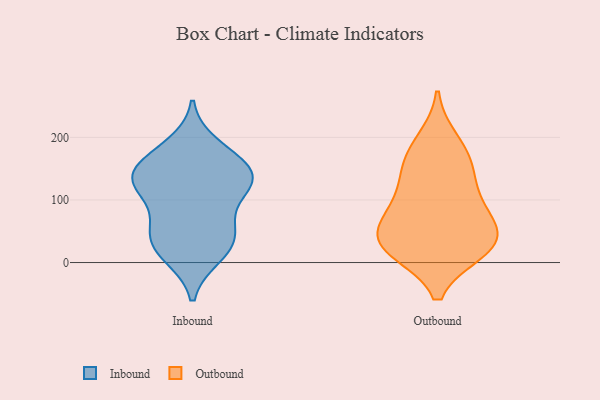
{"axis": {"x": "Operating Costs (USD K)", "y": "Value"}, "legend": ["Inbound", "Outbound"], "data": [{"x": "", "y": 187, "type": "Inbound"}, {"x": "", "y": 166, "type": "Inbound"}, {"x": "", "y": 132, "type": "Inbound"}, {"x": "", "y": 64, "type": "Inbound"}, {"x": "", "y": 125, "type": "Inbound"}, {"x": "", "y": 132, "type": "Inbound"}, {"x": "", "y": 126, "type": "Inbound"}, {"x": "", "y": 59, "type": "Inbound"}, {"x": "", "y": 11, "type": "Inbound"}, {"x": "", "y": 163, "type": "Inbound"}, {"x": "", "y": 38, "type": "Inbound"}, {"x": "", "y": 37, "type": "Inbound"}, {"x": "", "y": 15, "type": "Inbound"}, {"x": "", "y": 142, "type": "Inbound"}, {"x": "", "y": 115, "type": "Inbound"}, {"x": "", "y": 123, "type": "Outbound"}, {"x": "", "y": 23, "type": "Outbound"}, {"x": "", "y": 160, "type": "Outbound"}, {"x": "", "y": 194, "type": "Outbound"}, {"x": "", "y": 93, "type": "Outbound"}, {"x": "", "y": 85, "type": "Outbound"}, {"x": "", "y": 28, "type": "Outbound"}, {"x": "", "y": 31, "type": "Outbound"}, {"x": "", "y": 20, "type": "Outbound"}, {"x": "", "y": 58, "type": "Outbound"}, {"x": "", "y": 42, "type": "Outbound"}, {"x": "", "y": 161, "type": "Outbound"}]}